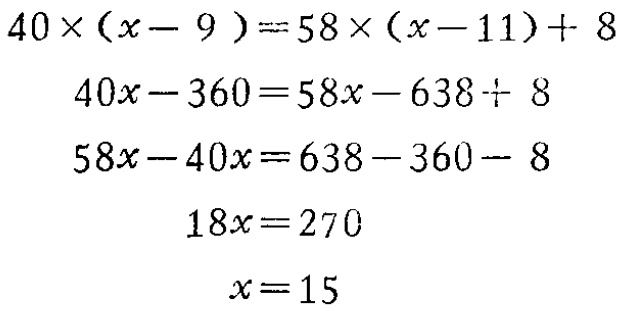
\[

\begin{align*}

40\times(x - 9)&=58\times(x - 11)+ 8\\

40x-360&=58x-638 + 8\\

58x-40x&=638-360 - 8\\

18x&=270\\

x&=15

\end{align*}

\]